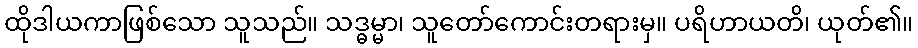
ထိုဒါယကာဖြစ်သော သူသည်။ သဒ္ဓမ္မာ၊ သူတော်ကောင်းတရားမှ။ ပရိဟာယတိ၊ ယုတ်၏။